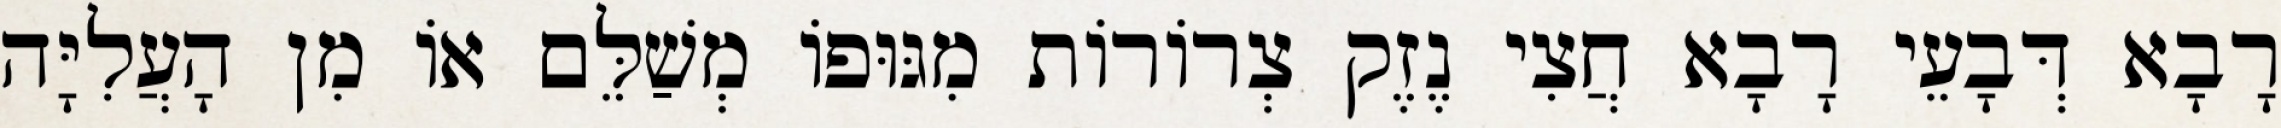
רָבָא דְּבָעֵי רָבָא חֲצִי נֶזֶק צְרוֹרוֹת מִגּוּפוֹ מְשַׁלֵּם אוֹ מִן הָעֲלִיָּה